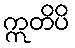
ဣတိပိ